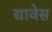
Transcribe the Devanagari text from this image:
द्यावेस